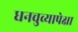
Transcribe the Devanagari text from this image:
धनचुव्यापेक्षा